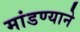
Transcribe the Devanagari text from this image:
मांडण्याने